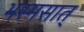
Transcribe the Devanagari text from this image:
भस्मसात्